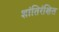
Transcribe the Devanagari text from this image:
शांतिरंक्षित